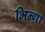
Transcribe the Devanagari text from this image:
भिन्गा